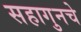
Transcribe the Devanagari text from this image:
सहागुनचे